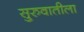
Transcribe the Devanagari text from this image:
सु्रुवातीला